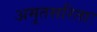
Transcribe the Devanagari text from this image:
अमृतसरिताः